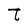
Character: t